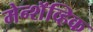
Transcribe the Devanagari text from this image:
मेन्शॅव्हिक